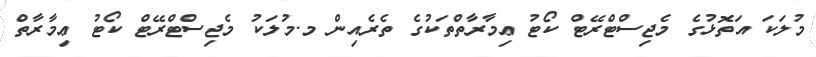
މުލަކަ އަތޮޅުގެ މެޖިސްޓްރޭޓް ކޯޓު ޢިމާރާތްތަކުގެ ތެރެއިން މ.މުލަކު މެޖިސްޓްރޭޓް ކޯޓު ޢިމާރާތް